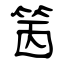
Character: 䇧